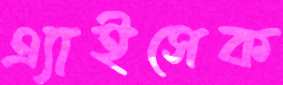
এ্যাইসেক